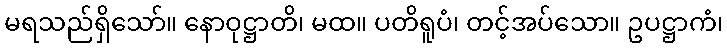
မရသည်ရှိသော်။ နောဝုဋ္ဌာတိ၊ မထ။ ပတိရူပံ၊ တင့်အပ်သော။ ဥပဋ္ဌာကံ၊